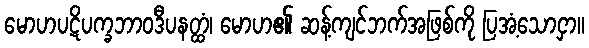
မောဟပဋိပက္ခဘာဝဒီပနတ္ထံ၊ မောဟ၏ ဆန့်ကျင်ဘက်အဖြစ်ကို ပြအံ့သောငှာ။